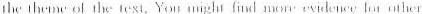
the theme of the text You might find more ewvitenev lot other